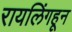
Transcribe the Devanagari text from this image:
रायलिंगहून